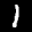
Label: 1